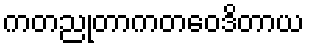
ကတညုတာကတဝေဒိတာယ